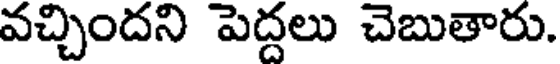
వచ్చిందని పెద్దలు చెబుతారు.